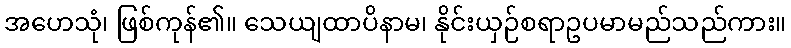
အဟေသုံ၊ ဖြစ်ကုန်၏။ သေယျထာပိနာမ၊ နိုင်းယှဉ်စရာဥပမာမည်သည်ကား။